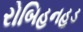
રોબિહનહૂડ